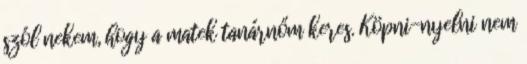
szól nekem, hogy a matek tanárnőm keres. Köpni-nyelni nem